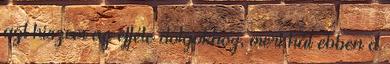
azt hiszem az efféle dolgokhoz, mert hát ebben a